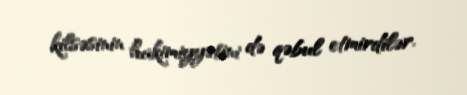
kilsəsinin hakimiyyətini də qəbul etmirdilər.